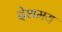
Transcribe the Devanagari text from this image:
देशमय